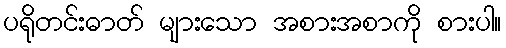
ပရိုတင်းဓာတ် များသော အစားအစာကို စားပါ။